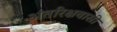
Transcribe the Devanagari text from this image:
अंतरिक्षवासी